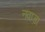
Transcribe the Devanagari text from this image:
नवाड़ा